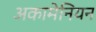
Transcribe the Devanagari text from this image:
अकामेनियन